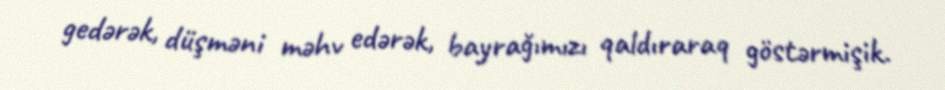
gedərək, düşməni məhv edərək, bayrağımızı qaldıraraq göstərmişik.